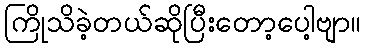
ကြိုသိခဲ့တယ်ဆိုပြီးတော့ပေါ့ဗျာ။